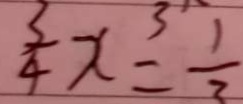
\frac { 3 } { 4 } x = \frac { 1 } { 3 }